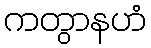
ကတွာနဟံ